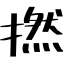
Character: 撚